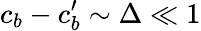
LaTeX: c_{b}-c_{b}^{\prime}\sim\Delta\ll 1